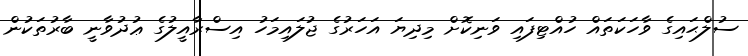
ސުލްޙައިގެ ވާހަކަތައް ހުއްޓިފައި ވަނިކޮށް މިދިޔަ އަހަރުގެ ޖުލައިމަހު އިސްރާއީލުގެ ޢުދުވާނީ ބާރުތަކުން